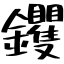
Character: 鑺